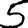
Digit: 5